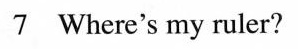
7 Where's my ruler?